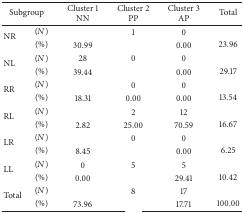
<table><thead><tr><td colspan="2"><b>Subgroup</b></td><td><b>Cluster 1NN</b></td><td><b>Cluster 2PP</b></td><td><b>Cluster 3AP</b></td><td><b>Total</b></td></tr></thead><tbody><tr><td rowspan="2">NR</td><td>(<i>N</i>)</td><td>[EMPTY_CELL]</td><td>1</td><td>0</td><td>[EMPTY_CELL]</td></tr><tr><td>(%)</td><td>30.99</td><td>[EMPTY_CELL]</td><td>0.00</td><td>23.96</td></tr><tr><td rowspan="2">NL</td><td>(<i>N</i>)</td><td>28</td><td>0</td><td>0</td><td>[EMPTY_CELL]</td></tr><tr><td>(%)</td><td>39.44</td><td>[EMPTY_CELL]</td><td>0.00</td><td>29.17</td></tr><tr><td rowspan="2">RR</td><td>(<i>N</i>)</td><td>[EMPTY_CELL]</td><td>0</td><td>0</td><td>[EMPTY_CELL]</td></tr><tr><td>(%)</td><td>18.31</td><td>0.00</td><td>0.00</td><td>13.54</td></tr><tr><td rowspan="2">RL</td><td>(<i>N</i>)</td><td>[EMPTY_CELL]</td><td>2</td><td>12</td><td>[EMPTY_CELL]</td></tr><tr><td>(%)</td><td>2.82</td><td>25.00</td><td>70.59</td><td>16.67</td></tr><tr><td rowspan="2">LR</td><td>(<i>N</i>)</td><td>[EMPTY_CELL]</td><td>0</td><td>0</td><td>[EMPTY_CELL]</td></tr><tr><td>(%)</td><td>8.45</td><td>[EMPTY_CELL]</td><td>0.00</td><td>6.25</td></tr><tr><td rowspan="2">LL</td><td>(<i>N</i>)</td><td>0</td><td>5</td><td>5</td><td>[EMPTY_CELL]</td></tr><tr><td>(%)</td><td>0.00</td><td>[EMPTY_CELL]</td><td>29.41</td><td>10.42</td></tr><tr><td rowspan="2">Total</td><td>(<i>N</i>)</td><td>[EMPTY_CELL]</td><td>8</td><td>17</td><td>[EMPTY_CELL]</td></tr><tr><td>(%)</td><td>73.96</td><td>[EMPTY_CELL]</td><td>17.71</td><td>100.00</td></tr></tbody></table>